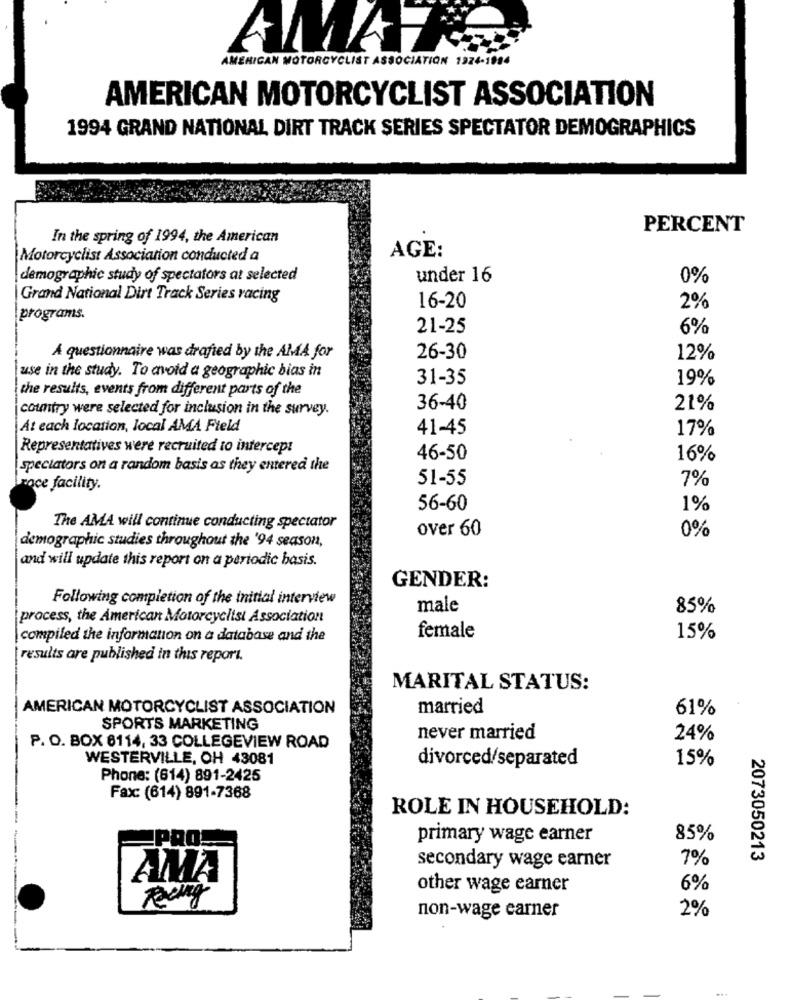
AMAR
AMERICAN MOTORCYCLIST ASSOCIATION 1974-1994
AMERICAN MOTORCYCLIST ASSOCIATION
1994 GRAND NATIONAL DIRT TRACK SERIES SPECTATOR DEMOGRAPHICS
PERCENT
In the spring of 1994, the American
AGE:
Motorcyclist Association conducted a
demographic study of spectators at selected
under 16
0%
Grand National Dirt Track Series racing
16-20
2%
programs.
21-25
6%
A questionnaire was drafted by the AMA for
26-30
12%
use in the study. To avoid a geographic bias in
31-35
19%
the results, events from different parts of the
country were selected for inclusion in the survey.
36-40
21%
At each location, local AMA Field
41-45
17%
Representatives were recruited to intercept
46-50
16%
spectators on a random basis as they entered the
51-55
7%
roce facility.
56-60
1%
The AMA will continue conducting spectator
over 60
0%
demographic studies throughout the '94 season,
and will update this report on a periodic basis.
GENDER:
Following completion of the initial interview
male
85%
process, the American Motorcyclist Association
female
compiled the informanon on a database and the
15%
results are published in this report.
MARITAL STATUS:
AMERICAN MOTORCYCLIST ASSOCIATION
married
61%
SPORTS MARKETING
never married
24%
P. O. BOX 8114, 33 COLLEGEVIEW ROAD
WESTERVILLE, OH 43081
divorced/separated
15%
Phone: (614) 891-2425
Fax: (614) 891-7368
ROLE IN HOUSEHOLD:
primary wage earner
85%
PRO
secondary wage earner
7%
2073050213
AMA
other wage earner
6%
Racing
2%
non-wage carner